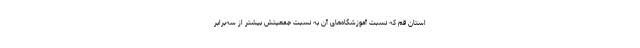
استان قم که نسبت آموزشگاه‌های آن به نسبت جمعیتش بیشتر از سه‌برابر